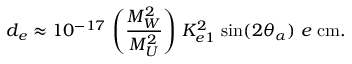
d _ { e } \approx 1 0 ^ { - 1 7 } \, \left( \frac { M _ { W } ^ { 2 } } { M _ { U } ^ { 2 } } \right) \, { \cal K } _ { e 1 } ^ { 2 } \, \sin ( 2 \theta _ { \alpha } ) \; e \, \mathrm { \, c m } .